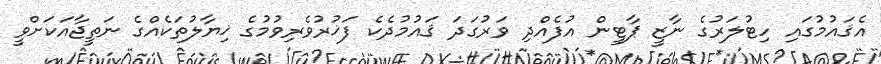
އެޤައުމުގައި ހިޓުލަރުގެ ނާޒީ ޕާޓީން އުފެއްދި ވަރުގަދަ ޤައުމުދެކެ ފަޚުރުވެރިވުމުގެ ޚިޔާލުތަކެއްގެ ނަތީޖާއަކަށްވީ